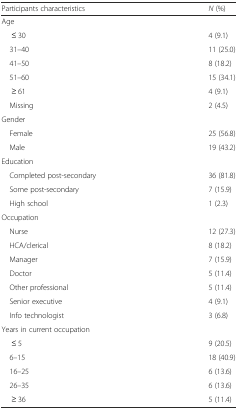
| Participants characteristics | N (%) |
 | --- | --- |
 | <COLSPAN=2> Age |
 | ≤ 30 | 4 (9.1) |
 | 31–40 | 11 (25.0) |
 | 41–50 | 8 (18.2) |
 | 51–60 | 15 (34.1) |
 | ≥ 61 | 4 (9.1) |
 | Missing | 2 (4.5) |
 | <COLSPAN=2> Gender |
 | Female | 25 (56.8) |
 | Male | 19 (43.2) |
 | <COLSPAN=2> Education |
 | Completed post-secondary | 36 (81.8) |
 | Some post-secondary | 7 (15.9) |
 | High school | 1 (2.3) |
 | <COLSPAN=2> Occupation |
 | Nurse | 12 (27.3) |
 | HCA/clerical | 8 (18.2) |
 | Manager | 7 (15.9) |
 | Doctor | 5 (11.4) |
 | Other professional | 5 (11.4) |
 | Senior executive | 4 (9.1) |
 | Info technologist | 3 (6.8) |
 | <COLSPAN=2> Years in current occupation |
 | ≤ 5 | 9 (20.5) |
 | 6–15 | 18 (40.9) |
 | 16–25 | 6 (13.6) |
 | 26–35 | 6 (13.6) |
 | ≥ 36 | 5 (11.4) |